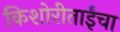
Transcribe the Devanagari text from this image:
किशोरीताईंचा